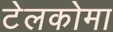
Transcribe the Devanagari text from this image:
टेलकोमा